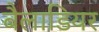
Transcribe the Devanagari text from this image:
बैलाडियर